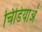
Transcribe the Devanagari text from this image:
चिडियाअं